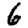
Digit: 6